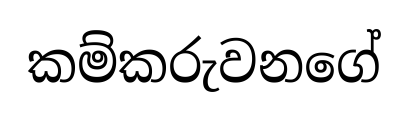
කම්කරුවනගේ